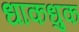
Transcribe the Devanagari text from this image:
धाकधुक